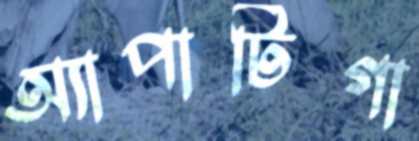
অ্যাপাটিগা